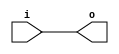
module and_gate (
    input i,
    output o
);

assign o = i;

endmodule